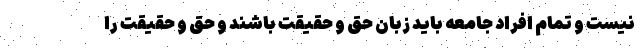
نیست و تمام افراد جامعه باید زبان حق و حقیقت باشند و حق و حقیقت را